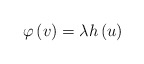
\begin{align*}\varphi \left( v\right) =\lambda h\left( u\right) \end{align*}